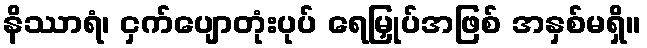
နိဿာရံ၊ ငှက်ပျောတုံးပုပ် ရေမြှုပ်အဖြစ် အနှစ်မရှိ။